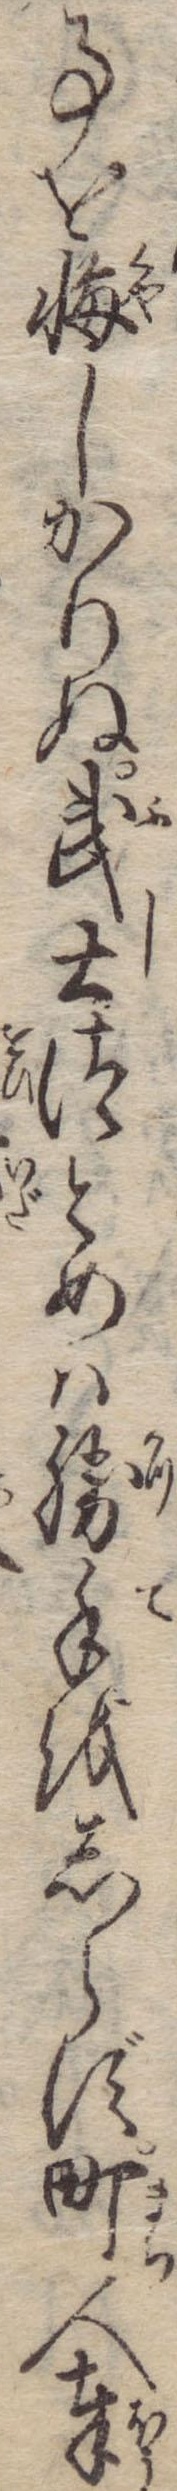
事を悔しかりぬ武士づとめは勝手をしらず町人奉